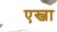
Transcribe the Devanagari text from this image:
एस्जा